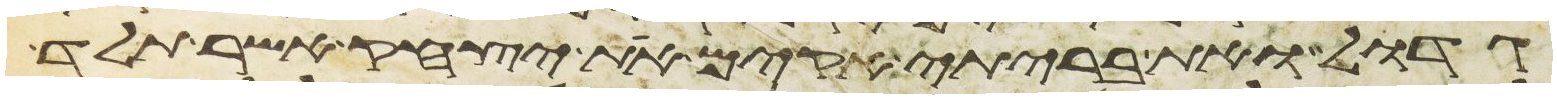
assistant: גדול ואת בריתי אקים את יצחק אשר תלד